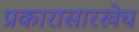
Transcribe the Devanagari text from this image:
प्रकारासारखेच